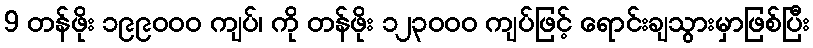
9 တန်ဖိုး ၁၉၉၀၀၀ ကျပ်၊ ကို တန်ဖိုး ၁၂၃၀၀၀ ကျပ်ဖြင့် ရောင်းချသွားမှာဖြစ်ပြီး